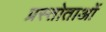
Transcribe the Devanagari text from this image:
प्रस्तोताओं